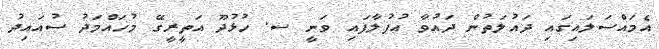
އެމައްސަލައިގައި ދައުލަތުން ދައުވާ އުފުލާފައި ވަނީ ސ. ހުޅުދޫ އަތީރީގޭ މުހައްމަދު ސުއައިދު